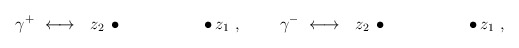
\begin{align*}\gamma^+ \ \longleftrightarrow\ \ z_2\,\bullet\quad\qquad\qquad\bullet\,z_1\ ,\ \quad\quad \gamma^- \ \longleftrightarrow\ \ z_2\,\bullet\quad\qquad\qquad\bullet\,z_1\ ,\end{align*}